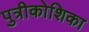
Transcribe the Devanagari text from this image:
पुत्रीकोशिका